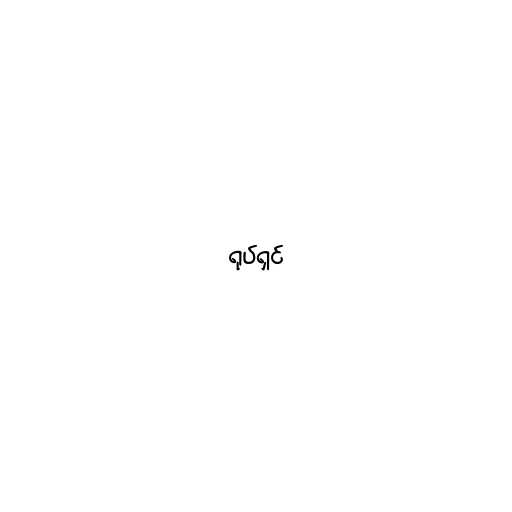
ရုပ်ရှင်